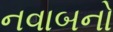
નવાબનો